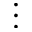
\vdots